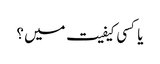
یا کسی کیفیت میں ؟